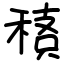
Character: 䅩